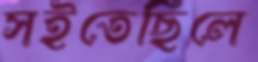
সইতেছিলে